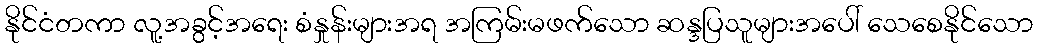
နိုင်ငံတကာ လူ့အခွင့်အရေး စံနှုန်းများအရ အကြမ်းမဖက်သော ဆန္ဒပြသူများအပေါ် သေစေနိုင်သော